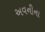
અવનીના